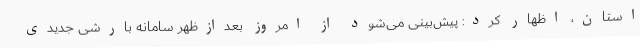
استان، اظهار کرد: پیش‌بینی می‌شود از امروز بعدازظهر سامانه بارشی جدیدی